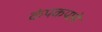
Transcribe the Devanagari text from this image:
कंपकपाने